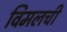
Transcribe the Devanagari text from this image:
विमलची